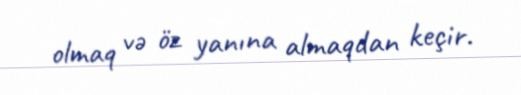
olmaq və öz yanına almaqdan keçir.